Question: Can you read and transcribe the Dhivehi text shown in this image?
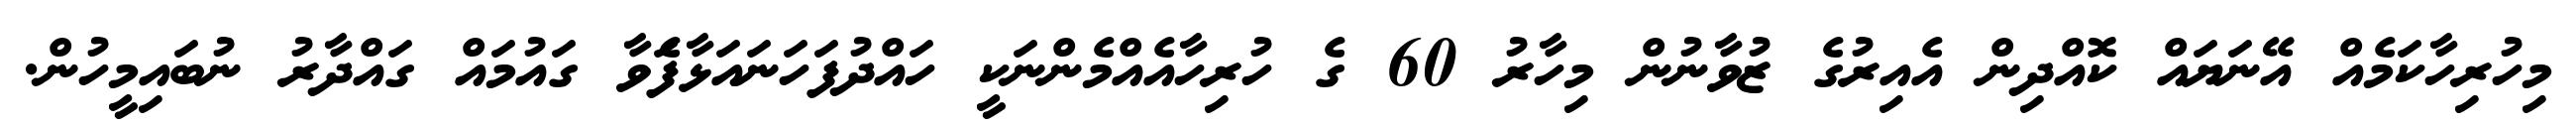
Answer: މިހުރިހާކަމެއް އޭނަޔައް ކޮއްދިން އެއިރުގެ ޒުވާނުން މިހާރު 60 ގެ ހުރިހާއެއްމެންނަކީ ހައްދުފަހަނައަޅާފަެވާ ގައުމައް ގައްދާރު ނުބައިމީހުން.